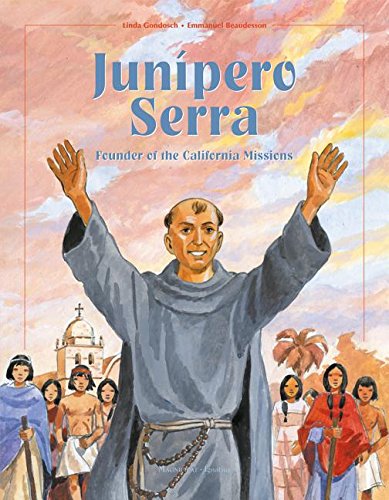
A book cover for Junipero Serra: Founder of the California Missions; Linda Gondosch; Children's Books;